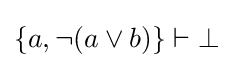
\{a,\lnot (a\lor b)\}\vdash \bot